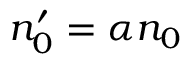
n _ { 0 } ^ { \prime } = \alpha n _ { 0 }